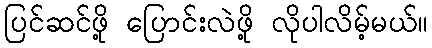
ပြင်ဆင်ဖို့ ပြောင်းလဲဖို့ လိုပါလိမ့်မယ်။